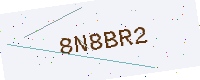
Text: 8N8BR2